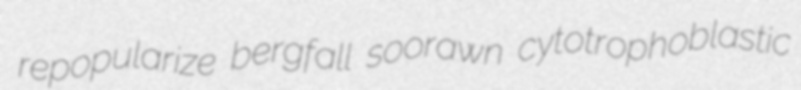
repopularize bergfall soorawn cytotrophoblastic